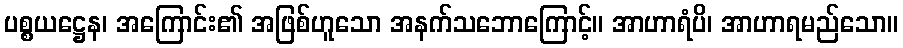
ပစ္စယဋ္ဌေန၊ အကြောင်း၏ အဖြစ်ဟူသော အနက်သဘောကြောင့်။ အာဟာရံပိ၊ အာဟာရမည်သော။